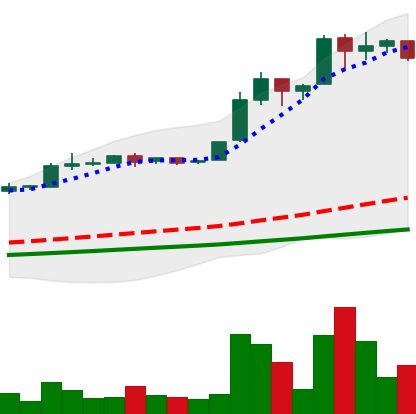
Ticker: BTC-USD
Chart end date: 2016-06-20
Forward return: -9.78%
Label: down_7plus